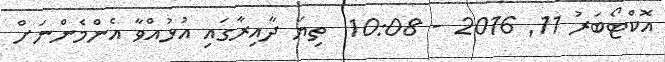
އޮކްޓޯބަރު 11